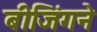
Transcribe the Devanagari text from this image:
बीजिंगने